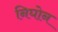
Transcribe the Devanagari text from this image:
निघोन